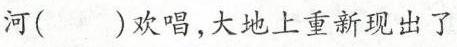
河()欢唱，大地上重新现出了